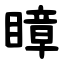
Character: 瞕